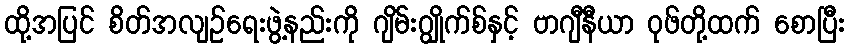
ထို့အပြင် စိတ်အလျဉ်ရေးဖွဲ့နည်းကို ဂျိမ်းဂျွိုက်စ်နှင့် ဗာဂျီနီယာ ဝုဖ်တို့ထက် စောပြီး